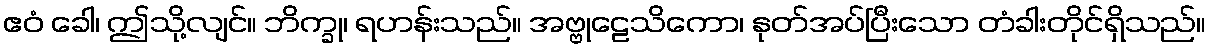
ဧဝံ ခေါ၊ ဤသို့လျင်။ ဘိက္ခု၊ ရဟန်းသည်။ အဗ္ဗုဠေသိကော၊ နုတ်အပ်ပြီးသော တံခါးတိုင်ရှိသည်။